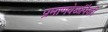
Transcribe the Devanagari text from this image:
प्रमाणवेळांपैकी